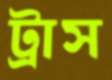
ট্রাস